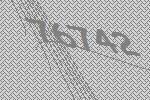
76742